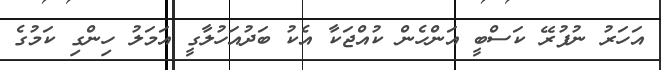
އަހަރު ނުފުރޭ ކަސްބީ އަންހެން ކުއްޖަކާ އެކު ބަދުއަހުލާގީ އަމަލު ހިންގި ކަމުގެ